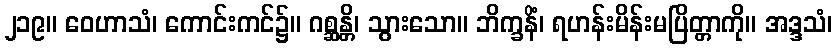
၂၁၉။ ဝေဟာသံ၊ ကောင်းကင်၌။ ဂစ္ဆန္တိ၊ သွားသော။ ဘိက္ခနိံ၊ ရဟန်းမိန်းမပြိတ္တာကို။ အဒ္ဒသံ၊